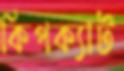
কিপক্যাট